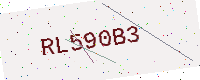
Text: RL590B3